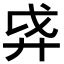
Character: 𫸗